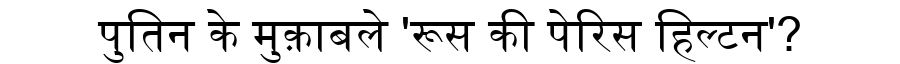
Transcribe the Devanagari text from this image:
पुतिन के मुक़ाबले 'रूस की पेरिस हिल्टन'?